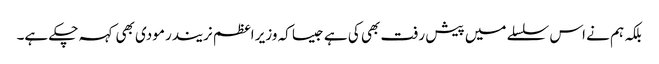
بلکہ ہم نے اس سلسلے میں پیش رفت بھی کی ہے جیسا کہ وزیر اعظم نریندر مودی بھی کہہ چکے ہے۔